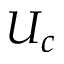
U _ { c }